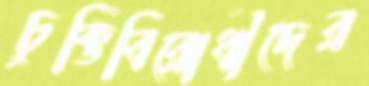
চুক্তিবিরোধীদের